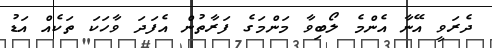
ދެރަވީ އޭނާ އެންމެ ލޯބިވާ މަންމަގެ ފަރާތުން އެފަދަ ވާހަކަ ތަކެއް އަޑު